Indian journal of veterinary science and animal husbandry - Volumes 18-21, 1948-1951
Year: 1948
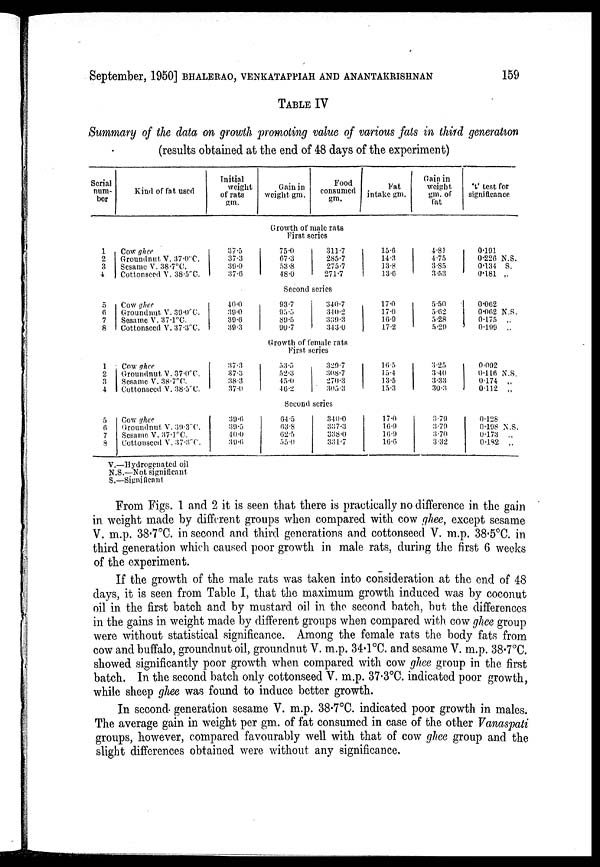
September, 1950] BHALERAO, VENKATAPPIAH AND ANANTAKRISHNAN 159
TABLE IV
Summary of the data on growth promoting value of various fats in third generation
(results obtained at the end of 48 days of the experiment)
Serial
num-
ber
Kind of fat used
Initial
weight
of rats
gm.
Gain in
weight gm.
Food
consumed
gm.
Fat
intake gm.
Gain in
weight
gm. of
fat
't' test for
significance
Growth of male rats
First series
1
2
3
4
Cow ghee
Groundnut V. 37.0°C.
Sesame V. 38.7°C.
Cottonseed V. 38.5°C.
37.5
37.3
39.0
37.6
75.0
67.3
53.8
48.0
311.7
285.7
275.7
271.7
15.6
14.3
13.8
13.6
4.81
4.75
3.85
3.53
0.191
0.226 N.S.
0.134 S.
0.181 „
Second series
5
6 7
8
Cow ghee
Groundnut V. 39.0°C.
Sesame V. 37.1°C.
Cottonseed V. 37.3°C.
40.0
30.0
39.6
30.3
93.7
95.5
89.5
90.7
340.7
340.2
339.3
343.0
17.0
17.0
16.9
17.2
5.50
5.62
5.28
5.29
0.062
0.062 N.S.
0.175
..
0.199
..
Growth of female rats
First series
1
2
3
4
Cow ghee
Groundnut V. 37.0°C.
Sesame V. 38.7°C.
Cottonseed V. 38.3°C.
37.3
37.3
38.3
37.0
53.5
52.3
45.0
46.2
329.7
308.7
270.3
305.3
16.5
15.4
13.5
15.3
3.25
3.40
3.33
30.3
0.092
0.116 N.S.
0.174
..
0.112
..
Second series
5
6 7
8
Cow ghee
Groundnut V. 39.3°C.
Sesame V. 37.1°C.
Cottonseed V. 37.3°C.
39.6
39.5
40.0
39.6
64.5
63.8
62.5
55.0
340.0
337.3
338.0
331.7
17.0
16.9
16.9
16.6
3.79
3.79
3.70
3.32
0.128
0.198 N.S.
0.173
..
0.182
..
V.—Hydrogenated oil
N.S.—Not significant
S.—Significant
From Figs. 1 and 2 it is seen that there is practically no difference in the gain
in weight made by different groups when compared with cow ghee, except sesame
V. m.p. 38.7°C. in second and third generations and cottonseed V. m.p. 38.5°C. in
third generation which caused poor growth in male rats, during the first 6 weeks
of the experiment.
If the growth of the male rats was taken into consideration at the end of 48
days, it is seen from Table I, that the maximum growth induced was by coconut
oil in the first batch and by mustard oil in the second batch, but the differences
in the gains in weight made by different groups when compared with cow ghee group
were without statistical significance. Among the female rats the body fats from
cow and buffalo, groundnut oil, groundnut V. m.p. 34.1°C. and sesame V. m.p. 38.7°C.
showed significantly poor growth when compared with cow ghee group in the first
batch. In the second batch only cottonseed V. m.p. 37.3°C. indicated poor growth,
while sheep ghee was found to induce better growth.
In second generation sesame V. m.p. 38.7°C. indicated poor growth in males.
The average gain in weight per gm. of fat consumed in case of the other Vanaspati
groups, however, compared favourably well with that of cow ghee group and the
slight differences obtained were without any significance.